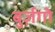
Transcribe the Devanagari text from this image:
बुर्ज़गो